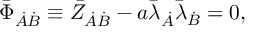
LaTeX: \bar { \Phi } _ { \dot { A } \dot { B } } \equiv \bar { Z } _ { \dot { A } \dot { B } } - a \bar { \lambda } _ { \dot { A } } \bar { \lambda } _ { \dot { B } } = 0 ,